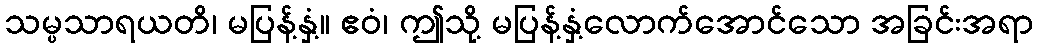
သမ္ပသာရယတိ၊ မပြန့်နှံ့။ ဧဝံ၊ ဤသို့ မပြန့်နှံ့လောက်အောင်သော အခြင်းအရာ